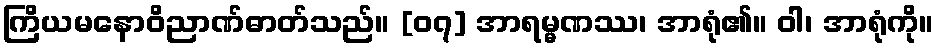
ကြိယမနောဝိညာဏ်ဓာတ်သည်။ [၀၇] အာရမ္မဏဿ၊ အာရုံ၏။ ဝါ၊ အာရုံကို။